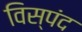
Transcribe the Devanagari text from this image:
विस्पंद